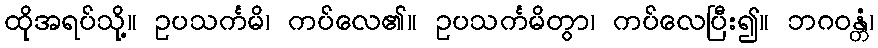
ထိုအရပ်သို့။ ဥပသင်္ကမိ၊ ကပ်လေ၏။ ဥပသင်္ကမိတွာ၊ ကပ်လေပြီး၍။ ဘဂဝန္တံ၊